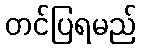
တင်ပြရမည်